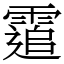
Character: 䨨